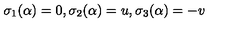
\sigma _ { 1 } ( \alpha ) = 0 , \sigma _ { 2 } ( \alpha ) = u , \sigma _ { 3 } ( \alpha ) = - v